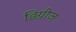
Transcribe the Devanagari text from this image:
डिग्रीज